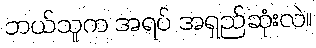
ဘယ်သူက အရပ် အရှည်ဆုံးလဲ။